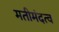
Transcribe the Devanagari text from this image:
मतीमंदत्व